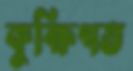
কুক্ষিগত